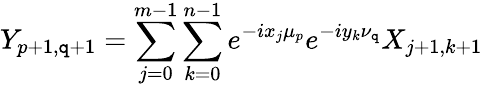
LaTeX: Y_{p+1,\mathtt{q}+1}=\sum_{j=0}^{m-1}\sum_{k=0}^{n-1}e^{-ix_{j}\mu_{p}}e^{-iy_{k}\nu_{\mathtt{q}}}X_{j+1,k+1}